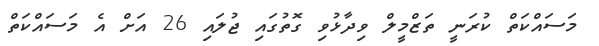
މަސައްކަތް ކުރަނީ ތަޒްމީލް ވިދާޅުވި ގޮތުގައި ޖުލައި 26 އަށް އެ މަސައްކަތް